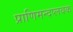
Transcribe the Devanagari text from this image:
प्राणिमन्दप्लवक